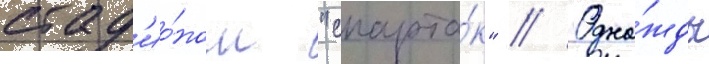
стад'ио́ном "спарта́к" // Одна́жды